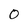
Character: O